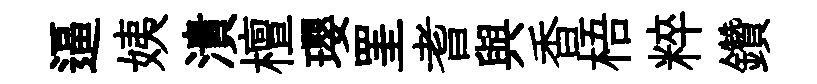
逼姨潰檀瓔罣耆與香梧粹鑽